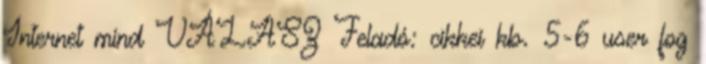
Internet mind VÁLASZ Feladó: cikkei kb. 5-6 user fog